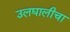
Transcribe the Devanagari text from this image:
उलघालीचा